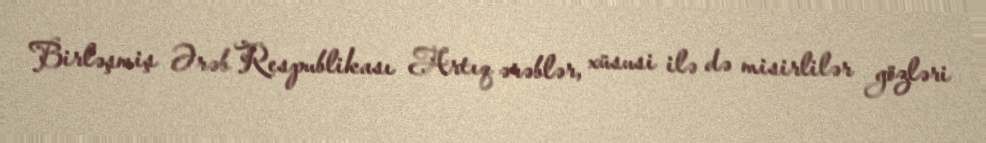
Birləşmiş Ərəb Respublikası Artıq ərəblər, xüsusi ilə də misirlilər gözləri